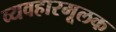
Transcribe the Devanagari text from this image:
व्यवहारमूलक